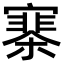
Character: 𡫗